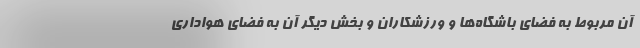
آن مربوط به فضای باشگاه‌ها و ورزشکاران و بخش دیگر آن به فضای هواداری